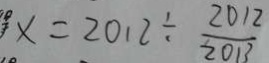
x = 2 0 1 2 \div \frac { 2 0 1 2 } { 2 0 1 3 }